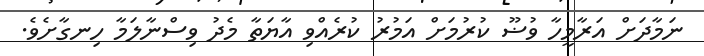
ނަމާދަށް އަރާމީހާ ވުޟޫ ކުރުމަށް އަމުރު ކުރެއްވި އާޔަތާ މެދު ވިސްނާލަމާ ހިނގާށެވެ.